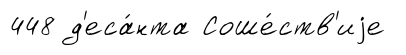
448 д'еса́нта Соше́ств'иjе